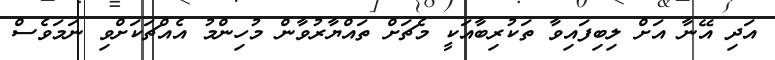
އަދި އޭނާ އަށް ލިބިފައިވާ ތަކުރިބާއަކީ މެޗަށް ތައްޔާރުވާން މުހިންމު އެއްޗަކަށްވި ނަމަވެސް